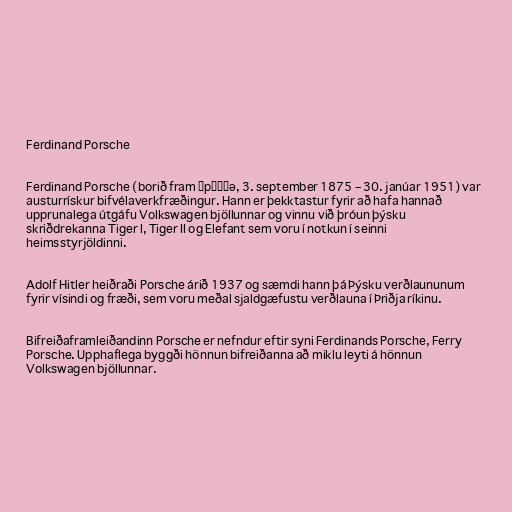
Ferdinand Porsche

Ferdinand Porsche (borið fram ˈpɔʁʃə, 3. september 1875 – 30. janúar 1951) var
austurrískur bifvélaverkfræðingur. Hann er þekktastur fyrir að hafa hannað
upprunalega útgáfu Volkswagen bjöllunnar og vinnu við þróun þýsku
skriðdrekanna Tiger I, Tiger II og Elefant sem voru í notkun í seinni
heimsstyrjöldinni.

Adolf Hitler heiðraði Porsche árið 1937 og sæmdi hann þá Þýsku verðlaununum
fyrir vísindi og fræði, sem voru meðal sjaldgæfustu verðlauna í Þriðja ríkinu.

Bifreiðaframleiðandinn Porsche er nefndur eftir syni Ferdinands Porsche, Ferry
Porsche. Upphaflega byggði hönnun bifreiðanna að miklu leyti á hönnun
Volkswagen bjöllunnar.